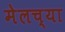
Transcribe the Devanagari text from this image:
मेलच्या